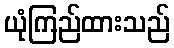
ယုံကြည်ထားသည်